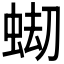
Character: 𧋤